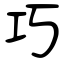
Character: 巧